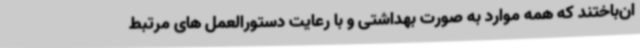
ان‌باختند که همه موارد به صورت بهداشتی و با رعایت دستورالعمل های مرتبط